Indian journal of veterinary science and animal husbandry - Volume 2,
Year: 1932
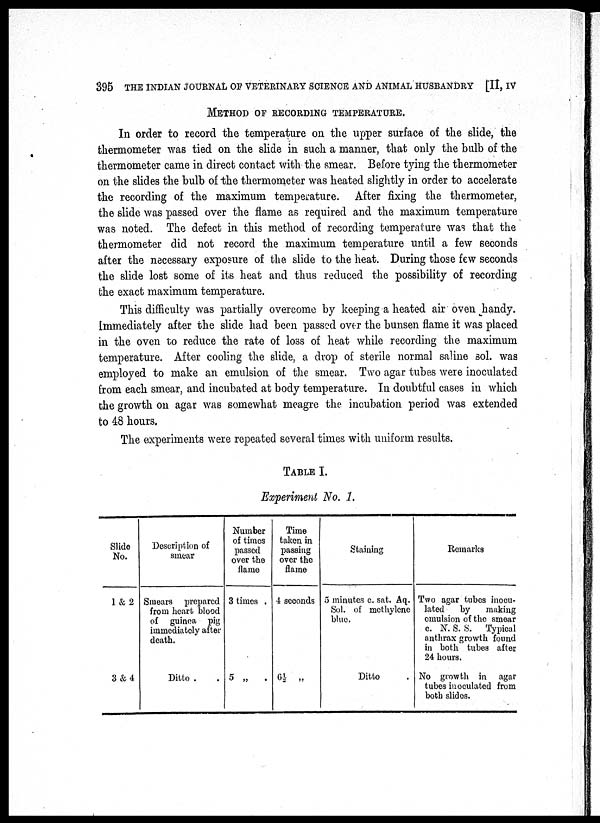
395 THE INDIAN JOURNAL OF VETERINARY SCIENCE AND ANIMAL HUSBANDRY [II, IV
METHOD OF RECORDING TEMPERATURE.
In order to record the temperature on the upper surface of the slide, the
thermometer was tied on the slide in such a manner, that only the bulb of the
thermometer came in direct contact with the smear. Before tying the thermometer
on the slides the bulb of the thermometer was heated slightly in order to accelerate
the recording of the maximum temperature. After fixing the thermometer,
the slide was passed over the flame as required and the maximum temperature
was noted. The defect in this method of recording temperature was that the
thermometer did not record the maximum temperature until a few seconds
after the necessary exposure of the slide to the heat. During those few seconds
the slide lost some of its heat and thus reduced the possibility of recording
the exact maximum temperature.
This difficulty was partially overcome by keeping a heated air oven handy.
Immediately after the slide had been passed over the bunsen flame it was placed
in the oven to reduce the rate of loss of heat while recording the maximum
temperature. After cooling the slide, a drop of sterile normal saline sol. was
employed to make an emulsion of the smear. Two agar tubes were inoculated
from each smear, and incubated at body temperature. In doubtful cases in which
the growth on agar was somewhat meagre the incubation period was extended
to 48 hours.
The experiments were repeated several times with uniform results.
TABLE I.
Experiment No. 1.
Slide
No.
1 & 2
3 & 4
Description of
smear
Smears prepared
from heart blood
of guinea pig
immediately after
death.
Ditto .
Number
of times
passed
over the
flame
3 times .
5 „
.
Time
taken in
passing
over the
flame
4 seconds
6½ „
Staining
5 minutes c. sat. Aq.
Sol. of methylene
blue.
Ditto
Remarks
Two agar tubes inocu-
lated
by
making
emulsion of the smear
c. N. S. S. Typical
anthrax growth found
in both tubes after
24 hours.
No growth in agar
tubes inoculated from
both slides.